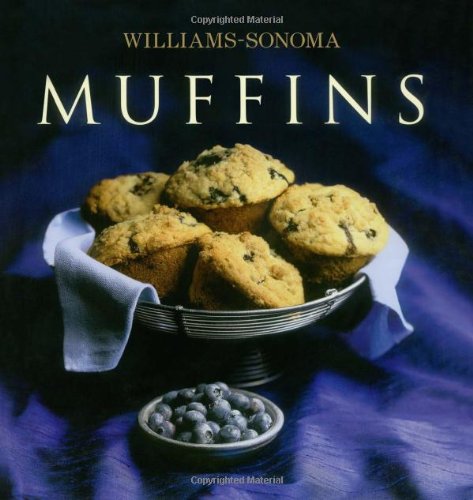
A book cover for Williams-Sonoma Collection: Muffins; Beth Hensperger; Cookbooks, Food & Wine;